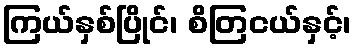
ကြယ်နှစ်ပြိုင်၊ စိတြငယ်နှင့်၊